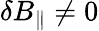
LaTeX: \delta B_{\parallel}\ne 0